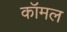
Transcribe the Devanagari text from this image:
कॉमल